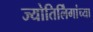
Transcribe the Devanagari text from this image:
ज्योतिर्लिंगांच्या